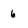
Character: 6